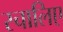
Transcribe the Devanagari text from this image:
स्चालिए